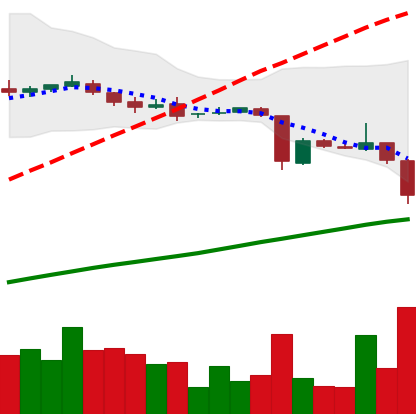
Ticker: DOGE-USD
Chart end date: 2018-10-17
Forward return: -5.066%
Label: down_5_7